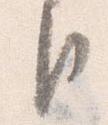
臣